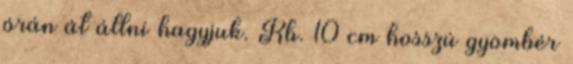
órán át állni hagyjuk. Kb. 10 cm hosszú gyömbér